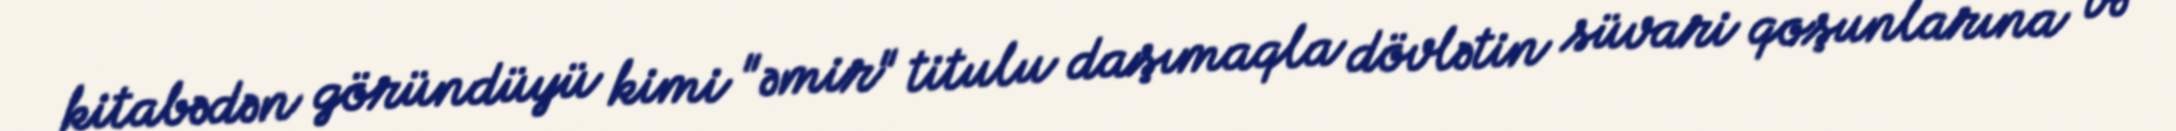
kitabədən göründüyü kimi "əmir" titulu daşımaqla dövlətin süvari qoşunlarına və